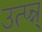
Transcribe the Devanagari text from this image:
उत्प्‍न्न्